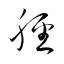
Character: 脛